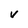
Character: V